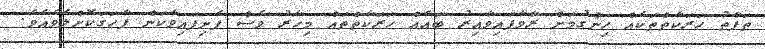
ތަފާތު ހަރަކާތްތަކެއް ހިންގުމަށް ރާވާފައިވާއިރު ބައެއް ހަރަކާތްތައް މިހާރު ވެސް ފެށިފައިވާކަން ފާހަގަކޮށްލެވެއެވެ.